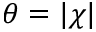
\theta = | \chi |